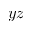
y z